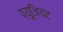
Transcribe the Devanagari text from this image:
प्यूजियट